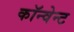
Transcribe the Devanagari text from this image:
कॉन्वेन्ट